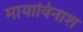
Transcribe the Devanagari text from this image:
मायाविनाश